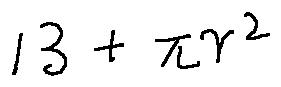
1 3 + \pi r ^ { 2 }